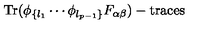
\mathrm { T r } ( \phi _ { \{ l _ { 1 } } \cdots \phi _ { l _ { p - 1 } \} } F _ { \alpha \beta } ) - \mathrm { t r a c e s }